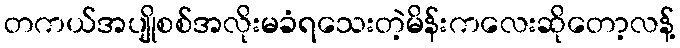
တကယ်အပျိုစစ်အလိုးမခံရသေးတဲ့မိန်းကလေးဆိုတော့လန့်